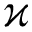
\varkappa